Civil Veterinary Department Bihar reports 1940-50 - 1940-1950
Year: 1940
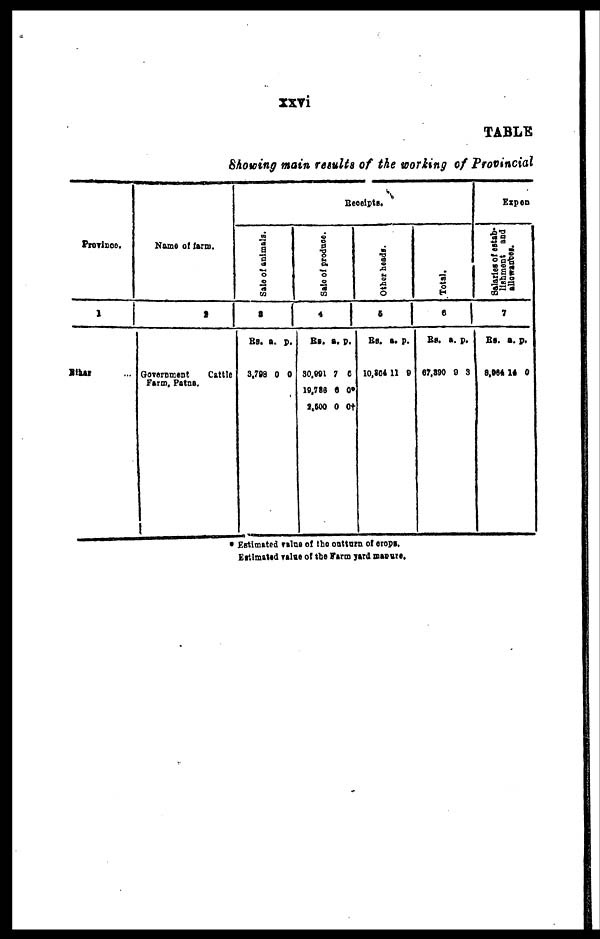
xxvi
TABLE
Showing main results of the working of Provincial
Province.
1
Bihar ...
Name of term.
2
Government
Cattle
Farm, Patna.
Receipts.
Sale of animals.
3
RS.
3,798
a.
0
p.
0
Sale of produce.
4
Rs.
30,991
19,786
2,500
a.
7
0
0
p.
6
0*
0†
Other heads.
5
Rs.
10,804
a.
11
p.
9
Total.
6
Rs.
67,390
a.
8
p.
3
Expen
Sal ar i
es of estab-
l
i
s hment and
allowances.
7
Rs.
8,964
a.
14
p.
0
* Estimated value of the outturn of crops.
Estimated value of the Farm yard manors.